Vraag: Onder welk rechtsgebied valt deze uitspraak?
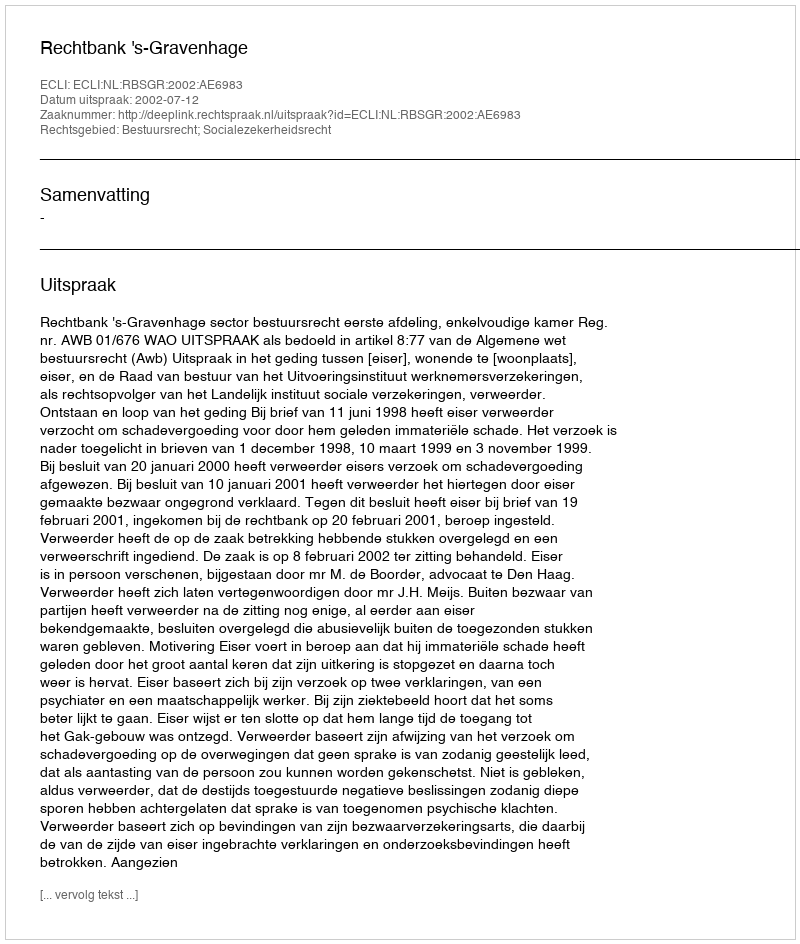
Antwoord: Bestuursrecht; Socialezekerheidsrecht